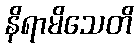
နိရာမိသေတိ